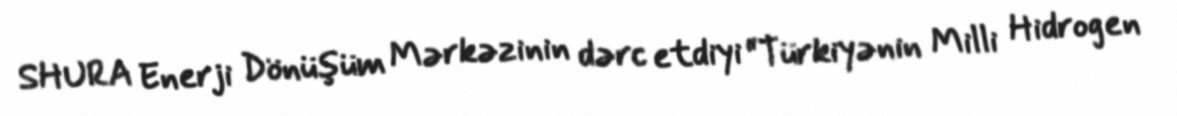
SHURA Enerji Dönüşüm Mərkəzinin dərc etdiyi “Türkiyənin Milli Hidrogen